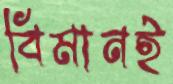
বিমানই